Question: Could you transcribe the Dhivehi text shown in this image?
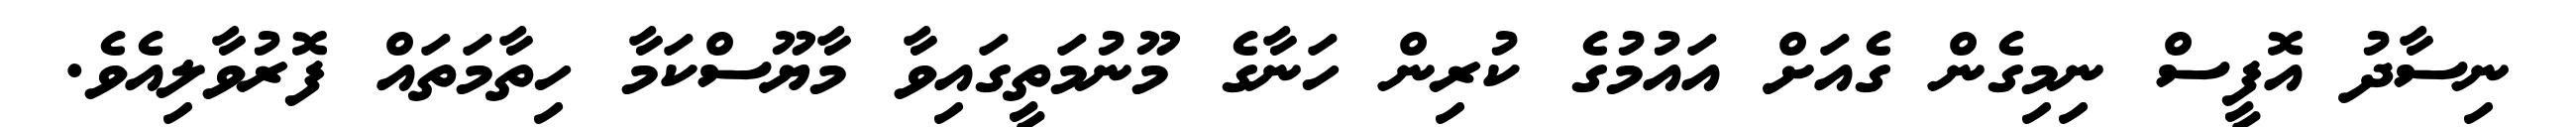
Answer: ނިސާދު އޮފީސް ނިމިގެން ގެއަށް އައުމުގެ ކުރިން ހަނާގެ މޫނުމަތީގައިވާ މާޔޫސްކަމާ ހިތާމަތައް ފޮރުވާލިއެވެ.